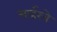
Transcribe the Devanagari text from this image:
सर्व्हरचे